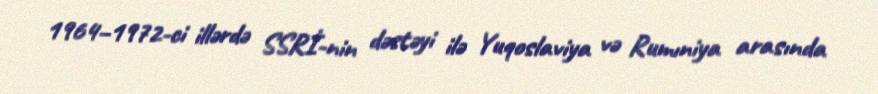
1964–1972-ci illərdə SSRİ-nin dəstəyi ilə Yuqoslaviya və Rumıniya arasında